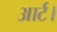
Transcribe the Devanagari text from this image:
आर्ट।